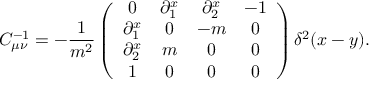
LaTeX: C _ { \mu \nu } ^ { - 1 } = - \frac { 1 } { m ^ { 2 } } \left( \begin{array} { c c c c } { { 0 } } & { { \partial _ { 1 } ^ { x } } } & { { \partial _ { 2 } ^ { x } } } & { { - 1 } } \\ { { \partial _ { 1 } ^ { x } } } & { { 0 } } & { { - m } } & { { 0 } } \\ { { \partial _ { 2 } ^ { x } } } & { { m } } & { { 0 } } & { { 0 } } \\ { { 1 } } & { { 0 } } & { { 0 } } & { { 0 } } \end{array} \right) \delta ^ { 2 } ( x - y ) .